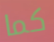
كما